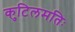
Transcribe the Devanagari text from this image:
कुटिलमतिः